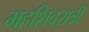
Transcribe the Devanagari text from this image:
महशिवरात्री